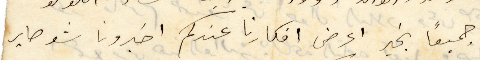
جميعًا بخير اعرض افكارنا عندكم اخبرونا شو صاير